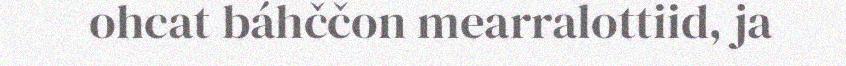
ohcat báhččon mearralottiid, ja